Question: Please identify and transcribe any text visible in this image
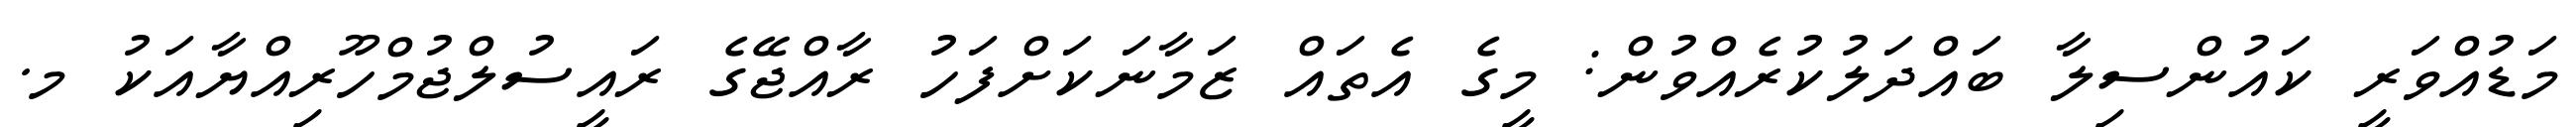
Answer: މަޑުއްވަރީ ކައުންސިލާ ބައްދަލުކުރެއްވުން: މީގެ އެތައް ޒަމާނަކަށްފަހު ރާއްޖޭގެ ރައީސުލްޖުމްހޫރިއްޔާއަކު މ.